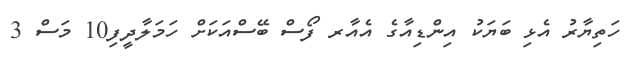
ހަތިޔާރު އެޅި ބަޔަކު އިންޑިއާގެ އެއާރ ފޯސް ބޭސްއަކަށް ހަމަލާދީފި10 މަސް 3